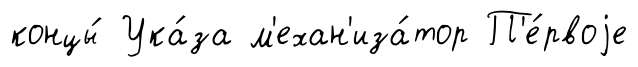
концы́ Ука́за м'ехан'иза́тор П'е́рвоjе